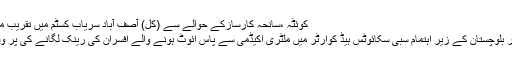
کوئٹہ ،سانحہ کارسازکے حوالے سے (کل) آصف آباد سریاب کسٹم میں تقریب منعقد ہوگی
فرنٹئیرکور بلوچستان کے زیر اہتمام سبی سکائوٹس ہیڈ کوارٹر میں ملٹری اکیڈمی سے پاس آئوٹ ہونے والے آفسران کی رینک لگانے کی پر وقار تقریب